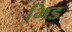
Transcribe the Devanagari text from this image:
भिड